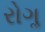
રોગૢ